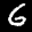
Label: 6